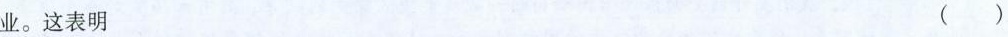
业。这表明 （）